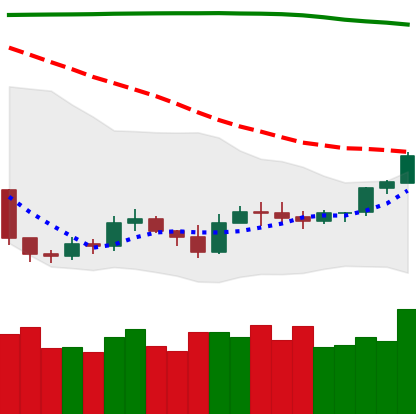
Ticker: ETH-USD
Chart end date: 2019-09-16
Forward return: 9.336%
Label: up_7plus